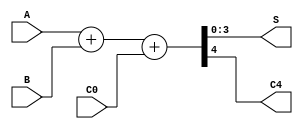

module x74283(
  input [3:0] A,
  input [3:0] B,
  input C0,
  output reg [3:0] S,
  output reg C4
);

always @*
  { C4, S } = A + B + { 3'd0, C0 };

endmodule